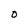
Character: O